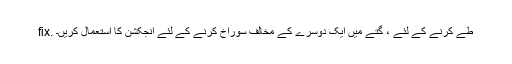
fix. طے کرنے کے لئے ، گتے میں ایک دوسرے کے مخالف سوراخ کرنے کے لئے انجکشن کا استعمال کریں۔